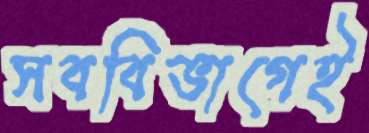
সববিভাগেই